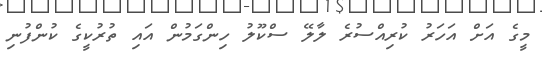
މީގެ އަށް އަހަރު ކުރިއްސުރެ ލާލޭ ސްކޫލު ހިންގަމުން އައި ތުރުކީގެ ކުންފުނި